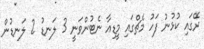
ރޭގައި ކުޅުނު ފަހު މެޗްގައި މީޑިއާ ނެޓުންވަނީ 3 ލަނޑު 2 ލަނޑުން